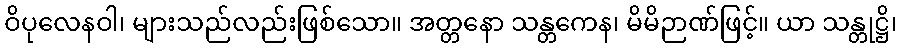
ဝိပုလေနဝါ၊ များသည်လည်းဖြစ်သော။ အတ္တနော သန္တကေန၊ မိမိဉာဏ်ဖြင့်။ ယာ သန္တုဋ္ဌိ၊